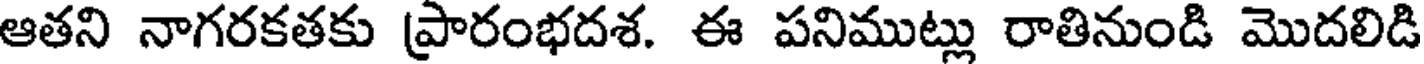
ఆతని నాగరకతకు ప్రారంభదశ. ఈ పనిముట్లు రాతినుండి మొదలిడి